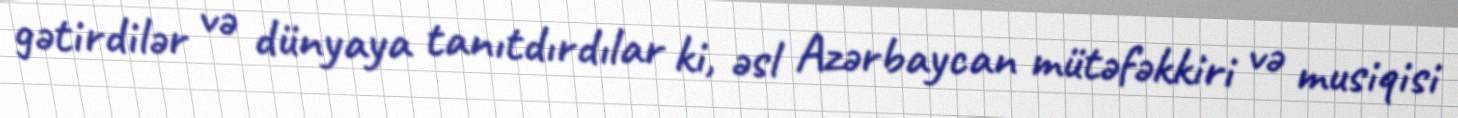
gətirdilər və dünyaya tanıtdırdılar ki, əsl Azərbaycan mütəfəkkiri və musiqisi